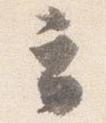
云